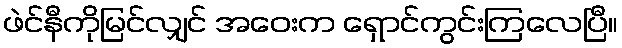
ဖဲင်နီကိုမြင်လျှင် အဝေးက ရှောင်ကွင်းကြလေပြီ။